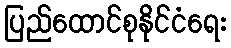
ပြည်ထောင်စုနိုင်ငံရေး